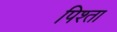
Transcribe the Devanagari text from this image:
पिश्ता